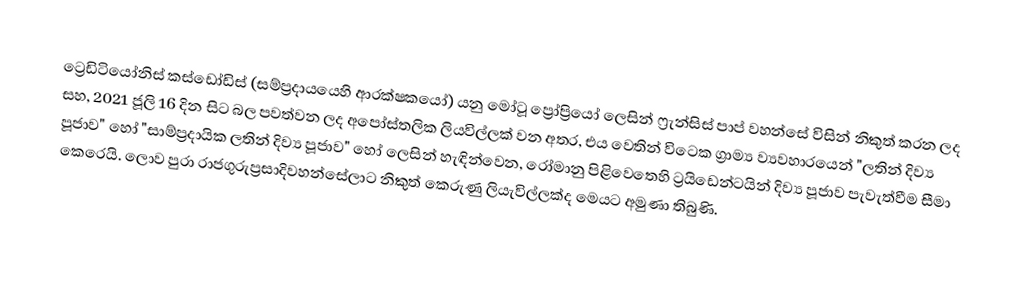
ට්‍රෙඩිටියෝනිස් කස්ඩෝඩිස් (සම්ප්‍රදායයෙහි ආරක්ෂකයෝ) යනු මෝටූ ප්‍රෝප්‍රියෝ ලෙසින්  ෆ්‍රැන්සිස් පාප් වහන්සේ විසින් නිකුත් කරන ලද සහ, 2021 ජූලි 16 දින සිට බල පවත්වන ලද අපෝස්තලික ලියවිල්ලක් වන අතර,  එය වෙතින් විටෙක ග්‍රාම්‍ය ව්‍යවහාරයෙන් "ලතින් දිව්‍ය පූජාව" හෝ "සාම්ප්‍රදායික ලතින් දිව්‍ය පූජාව"  හෝ ලෙසින් හැඳින්වෙන, රෝමානු පිළිවෙතෙහි ට්‍රයිඩෙන්ටයින් දිව්‍ය පූජාව පැවැත්වීම සීමා කෙරෙයි. ලොව පුරා රාජගුරුප්‍රසාදිවහන්සේලාට නිකුත් කෙරුණු ලියැවිල්ලක්ද මෙයට අමුණා තිබුණි.